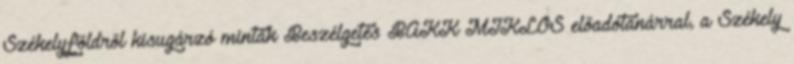
Székelyföldről kisugárzó minták Beszélgetés BAKK MIKLÓS előadótanárral, a Székely